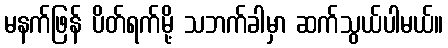
မနက်ဖြန် ပိတ်ရက်မို့ သဘက်ခါမှာ ဆက်သွယ်ပါမယ်။